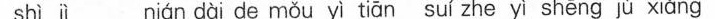
shi j nián c0ì de mǒu γì tiōn si zneγ íshēng j) xiāng